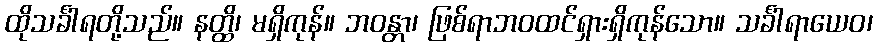
ထိုသင်္ခါရတို့သည်။ နတ္ထိ၊ မရှိကုန်။ ဘဝန္တာ၊ ဖြစ်ရာဘဝထင်ရှားရှိကုန်သော။ သင်္ခါရာယေဝ၊